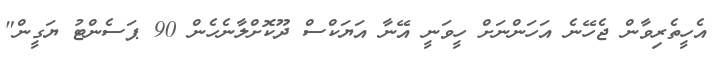
އެހީތެރިވާން ޖެހޭނެ އަހަންނަށް ހީވަނީ އޭނާ އަޔަކްސް ދޫކޮށްލާނެހެން 90 ޕަސެންޓު ޔަގީން"